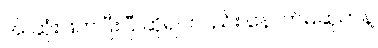
အဲ ဆုံးဖြတ်ပြီးပြီ ဆိုရင်လည်း နောက်မဆုတ်နဲ့